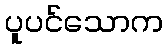
ပူပင်သောက